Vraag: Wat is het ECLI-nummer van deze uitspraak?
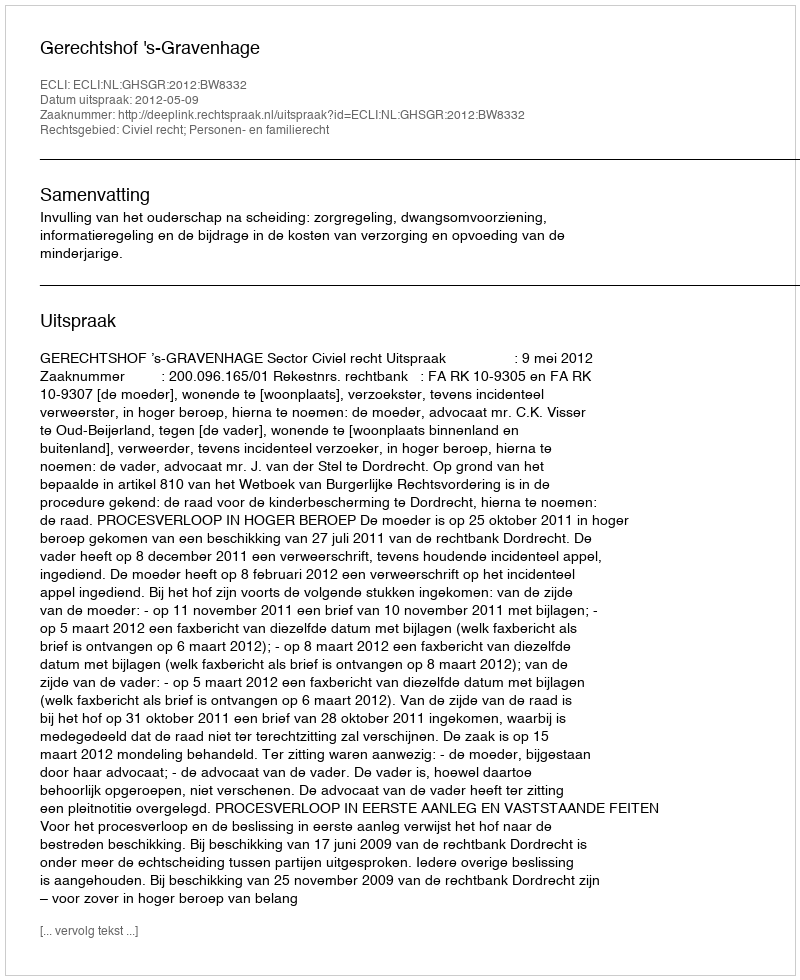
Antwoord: ECLI:NL:GHSGR:2012:BW8332